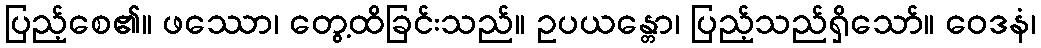
ပြည့်စေ၏။ ဖဿော၊ တွေ့ထိခြင်းသည်။ ဥပယန္တော၊ ပြည့်သည်ရှိသော်။ ဝေဒနံ၊